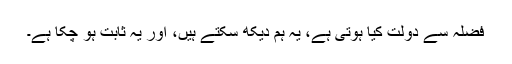
فضلہ سے دولت کیا ہوتی ہے، یہ ہم دیکھ سکتے ہیں، اور یہ ثابت ہو چکا ہے۔